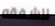
للشفقه